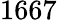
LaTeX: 1667